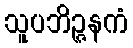
သူပဘိဉ္ဇနကံ